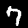
Digit: 7